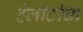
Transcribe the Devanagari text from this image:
हेलॉटांचा